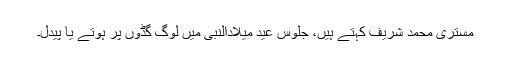
مستری محمد شریف کہتے ہیں، جلوس عید میلادالنبیؐ میں لوگ گڈوں پر ہوتے یا پیدل۔